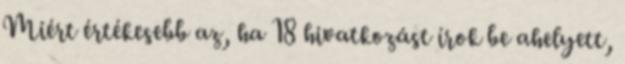
Miért értékesebb az, ha 18 hivatkozást írok be ahelyett,